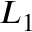
L _ { 1 }